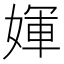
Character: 媈